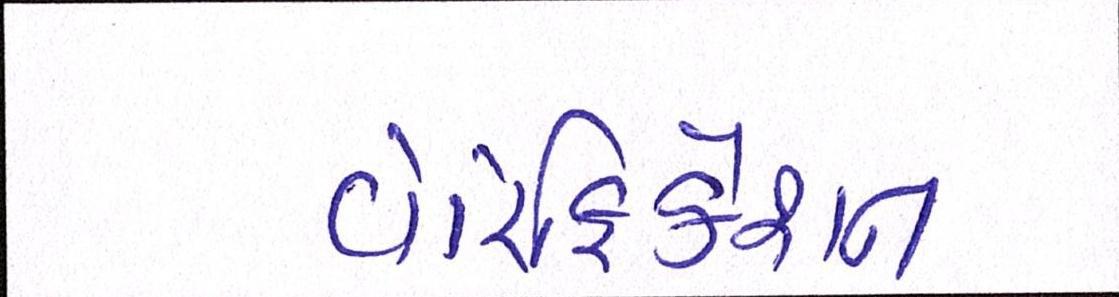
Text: વેરિફિકેશન